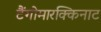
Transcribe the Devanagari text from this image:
टैंगोमारक्किनाट